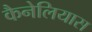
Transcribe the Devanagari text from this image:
कैनेलियास